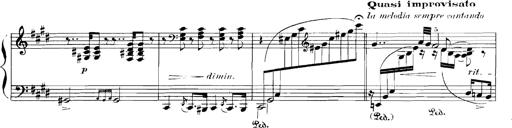
Title: Rhapsodies hongroises
Composer: Franz Liszt